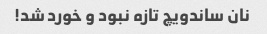
نان ساندویچ تازه نبود و خورد شد!